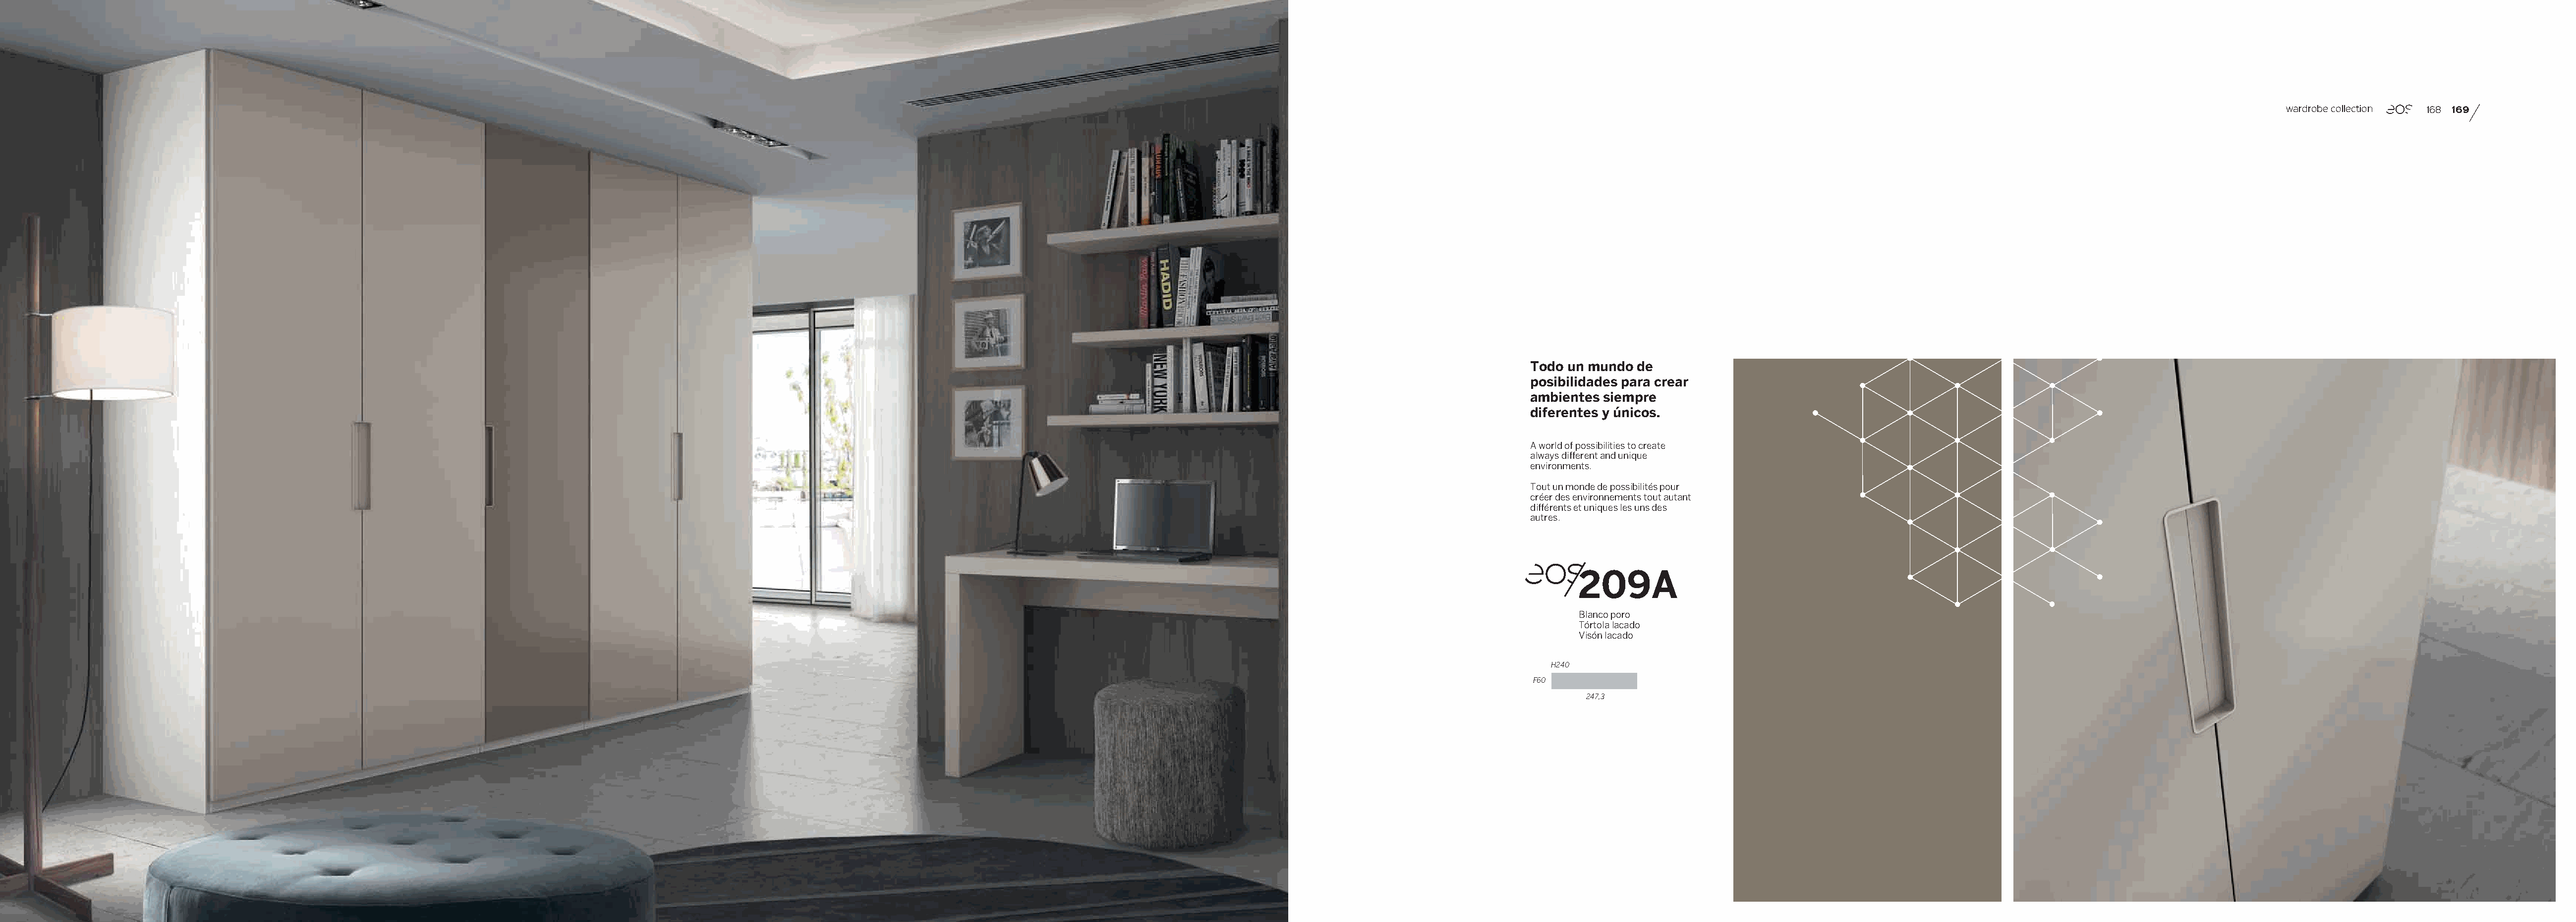
wardrobe collection 168 169
 Todo un mundo  de
 posibilidades para crear
 ambientes siempre
 diferentes y únicos.
 A world of possibilities to create
 always different and unique
 environments.
 Tout un monde de possibilités pour
 créer des environnements tout autant
 différents et uniques les uns des
 autres.
 209A
 Blanco poro
 Tórtola lacado
 Visón lacado
 H240
 F60
 247,3